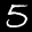
Label: 5